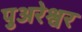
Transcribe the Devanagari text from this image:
पुअरेश्वर